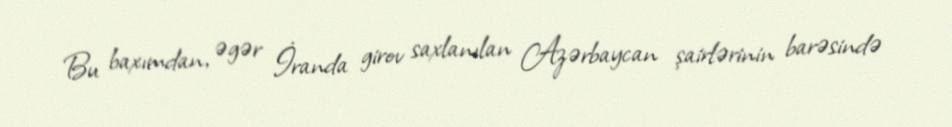
Bu baxımdan, əgər İranda girov saxlanılan Azərbaycan şairlərinin barəsində